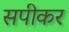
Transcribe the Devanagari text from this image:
सपीकर